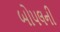
બોપલની